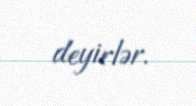
deyirlər.